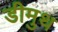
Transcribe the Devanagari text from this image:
डीमुथ